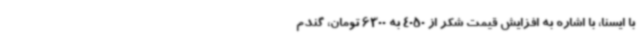
با ایسنا، با اشاره به افزایش قیمت شکر از 4050 به 6300 تومان، گندم